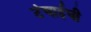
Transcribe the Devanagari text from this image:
टंचाईची